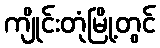
ကျိုင်းတုံမြို့တွင်